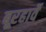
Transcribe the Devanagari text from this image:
बूरहार्वे